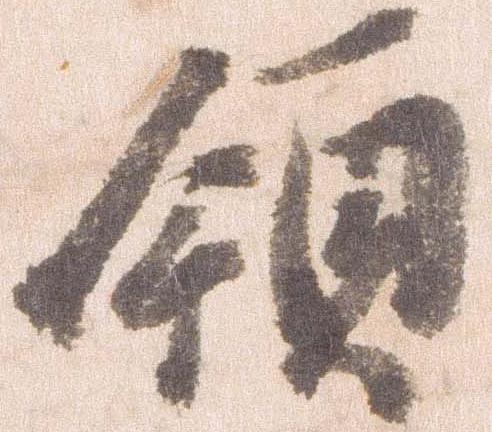
領